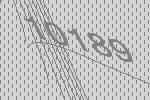
10189